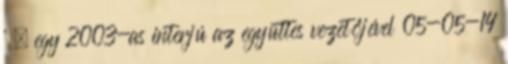
' » egy 2003-as interjú az együttes vezetőjével 05-05-14